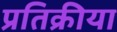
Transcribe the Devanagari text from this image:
प्रतिक्रीया